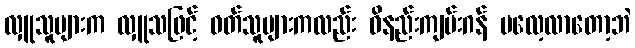
လှူသူများက လှူသဖြင့် ဝတ်သူများကလည်း ဝိနည်းကျမ်းဂန် မလေ့လာတော့ဘဲ